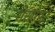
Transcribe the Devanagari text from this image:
शेखोपुर